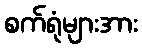
စက်ရုံများအား